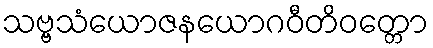
သဗ္ဗသံယောဇနယောဂဝီတိဝတ္တော